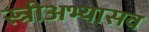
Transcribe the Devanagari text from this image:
स्त्रीअभ्यासव